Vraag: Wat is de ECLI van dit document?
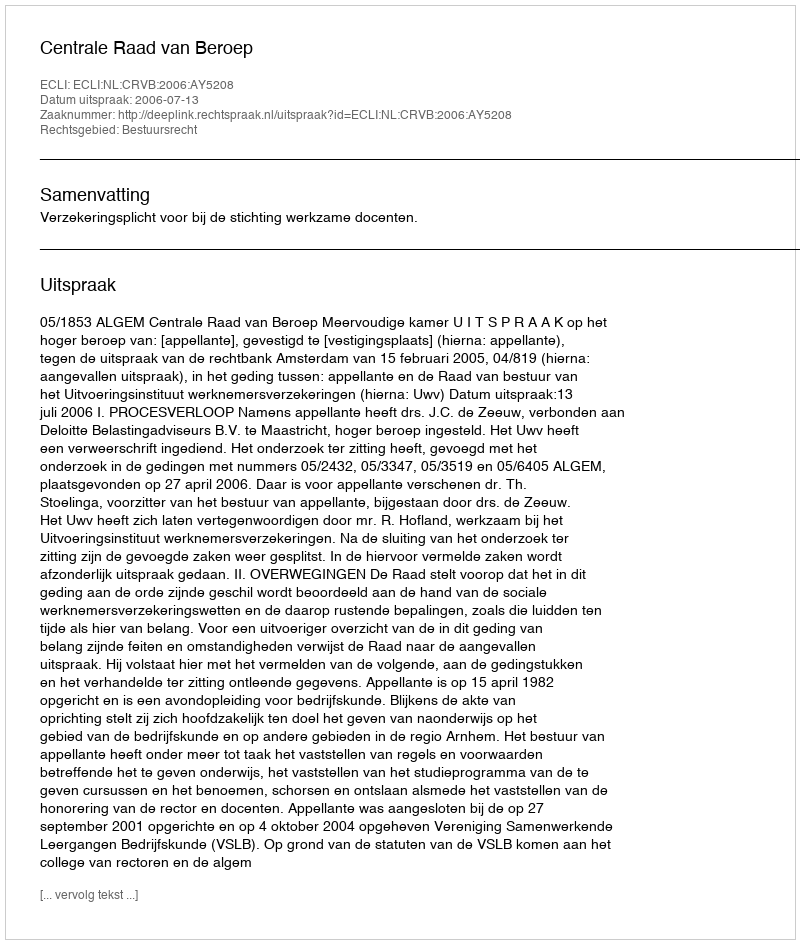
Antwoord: ECLI:NL:CRVB:2006:AY5208